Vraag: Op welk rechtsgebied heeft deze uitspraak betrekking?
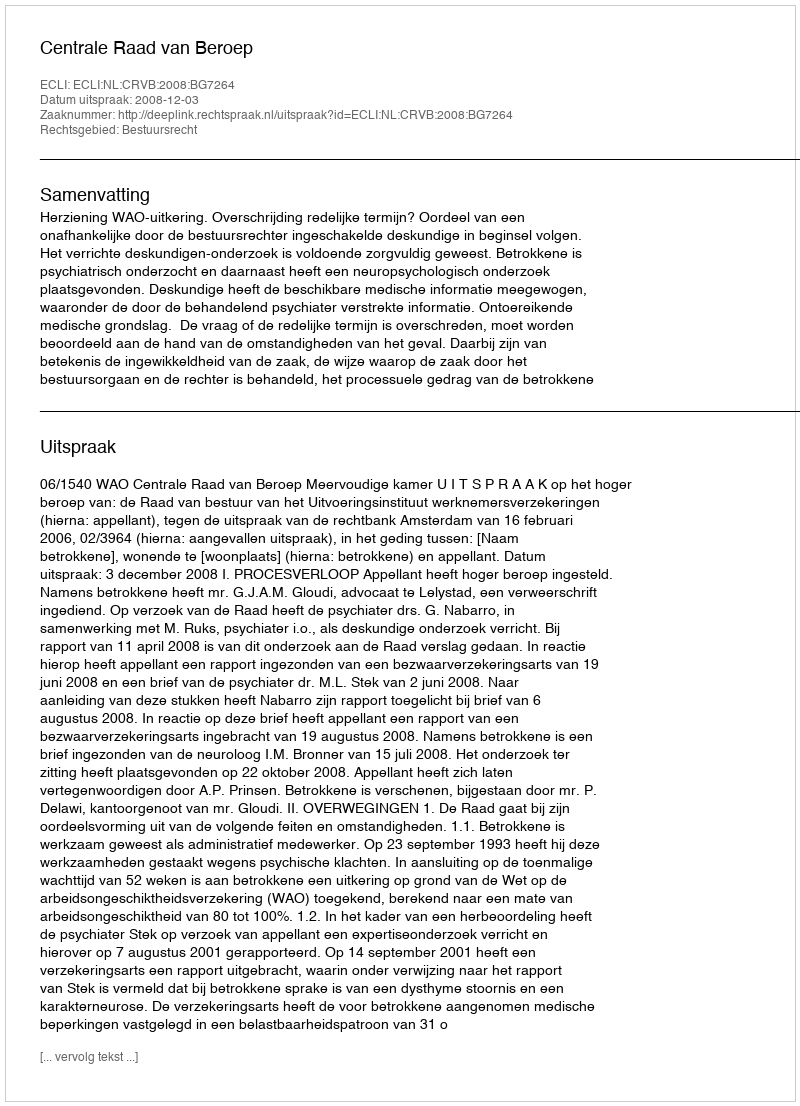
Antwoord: Bestuursrecht